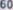
600